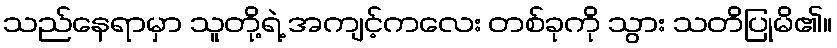
သည်နေရာမှာ သူတို့ရဲ့ အကျင့်ကလေး တစ်ခုကို သွား သတိပြုမိ၏။